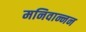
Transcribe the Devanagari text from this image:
मनिवान्नन